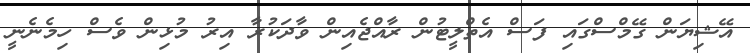
އޭޝިޔަން ގޭމްސްގައި ފަސް އެތްލީޓުން ރާއްޖެއިން ވާދަކުރާ އިރު މުޅިން ވެސް ހިމެނެނީ